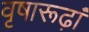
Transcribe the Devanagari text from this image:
वृषारूढ़ां